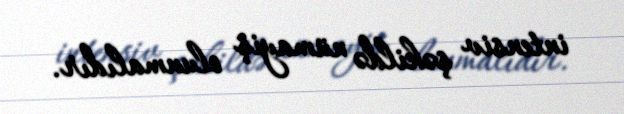
intensiv şəkildə nümayiş olunmalıdır.